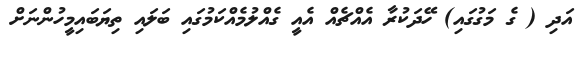
އަދި ( ގެ މަގުގައި) ހޭދަކުރާ އެއްޗެއް އެއީ ގެއްލުމެއްކަމުގައި ބަލައި ތިޔަބައިމީހުންނަށް